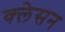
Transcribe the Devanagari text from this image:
क्‍लेसन